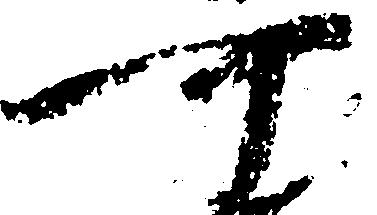
可